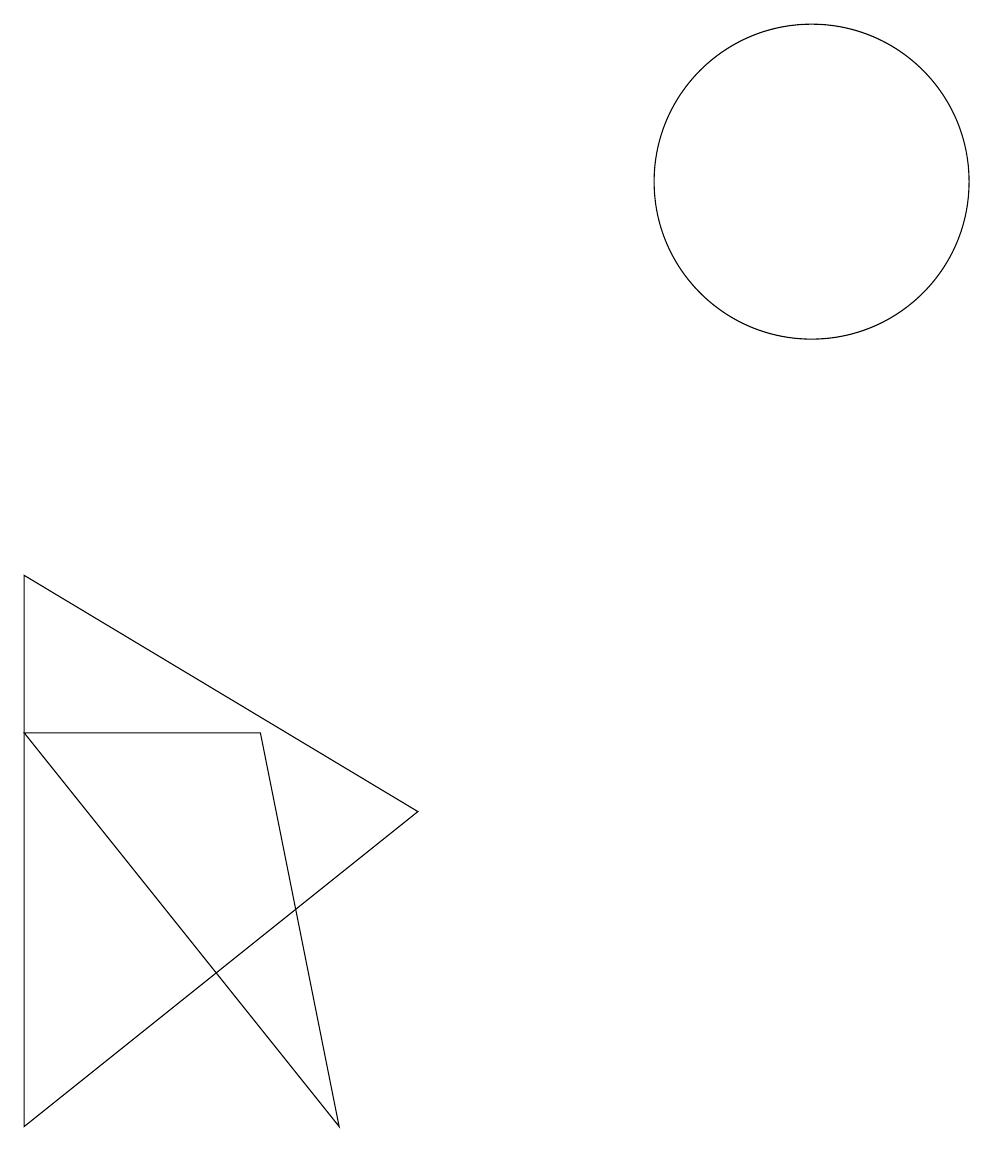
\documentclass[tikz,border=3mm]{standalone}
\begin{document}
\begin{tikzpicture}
\draw (4,0) -- (3,5) -- (0,5) -- cycle;
\draw (10,12) circle (2);
\draw (0,0) -- (0,7) -- (5,4) -- cycle;
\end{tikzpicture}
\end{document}